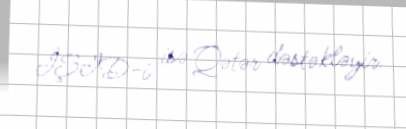
İŞİD-i isə Qətər dəstəkləyir.